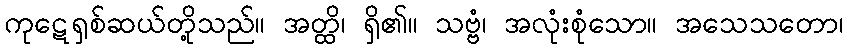
ကုဋေရှစ်ဆယ်တို့သည်။ အတ္ထိ၊ ရှိ၏။ သဗ္ဗံ၊ အလုံးစုံသော။ အသေသတော၊